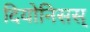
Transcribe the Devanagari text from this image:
दियोनिसस्